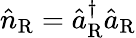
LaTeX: \hat{n}_{\mathrm{R}}=\hat{a}_{\mathrm{R}}^{\dagger}\hat{a}_{\mathrm{R}}